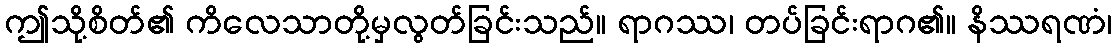
ဤသို့စိတ်၏ ကိလေသာတို့မှလွတ်ခြင်းသည်။ ရာဂဿ၊ တပ်ခြင်းရာဂ၏။ နိဿရဏံ၊